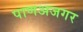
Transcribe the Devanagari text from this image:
पाणअजगर